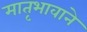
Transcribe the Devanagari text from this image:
मातृभावाने